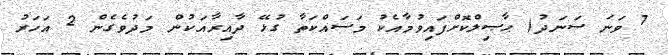
7 ވަނަ ސަނަދު( ޙާޞިލްކޮށްފައިވުމާއެކު މަސައްކަތާ ގުޅޭ ދާއިރާއަކުން މަދުވެގެން 2 އަހަރު